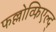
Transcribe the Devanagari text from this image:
फल्लोव्फिएल्द्